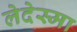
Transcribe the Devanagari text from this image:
लेदेस्मा